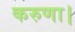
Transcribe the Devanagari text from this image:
करुणा।